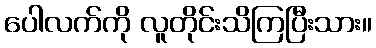
ပေါလက်ကို လူတိုင်းသိကြပြီးသား။